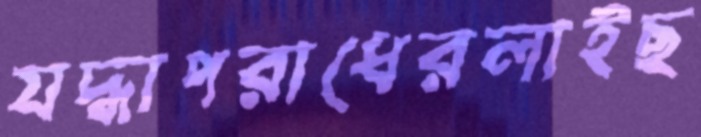
যদ্ধাপরাধেরলাইছ